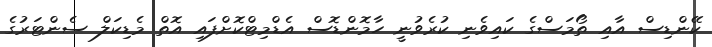
ކޭންޑިސް އާއި ތޯމަސްގެ ކައިވެނި ކުރެވުނީ ހާމޮންޑޮސް އެޑްމިޓްކޮށްފައި އޮތް މެޑިކަލް ސެންޓަރުގެ